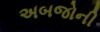
અબજોની